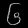
Digit: ၆